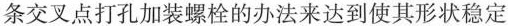
条交叉点打孔加装螺栓的办法来达到使其形状稳定